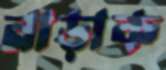
নাড়াক